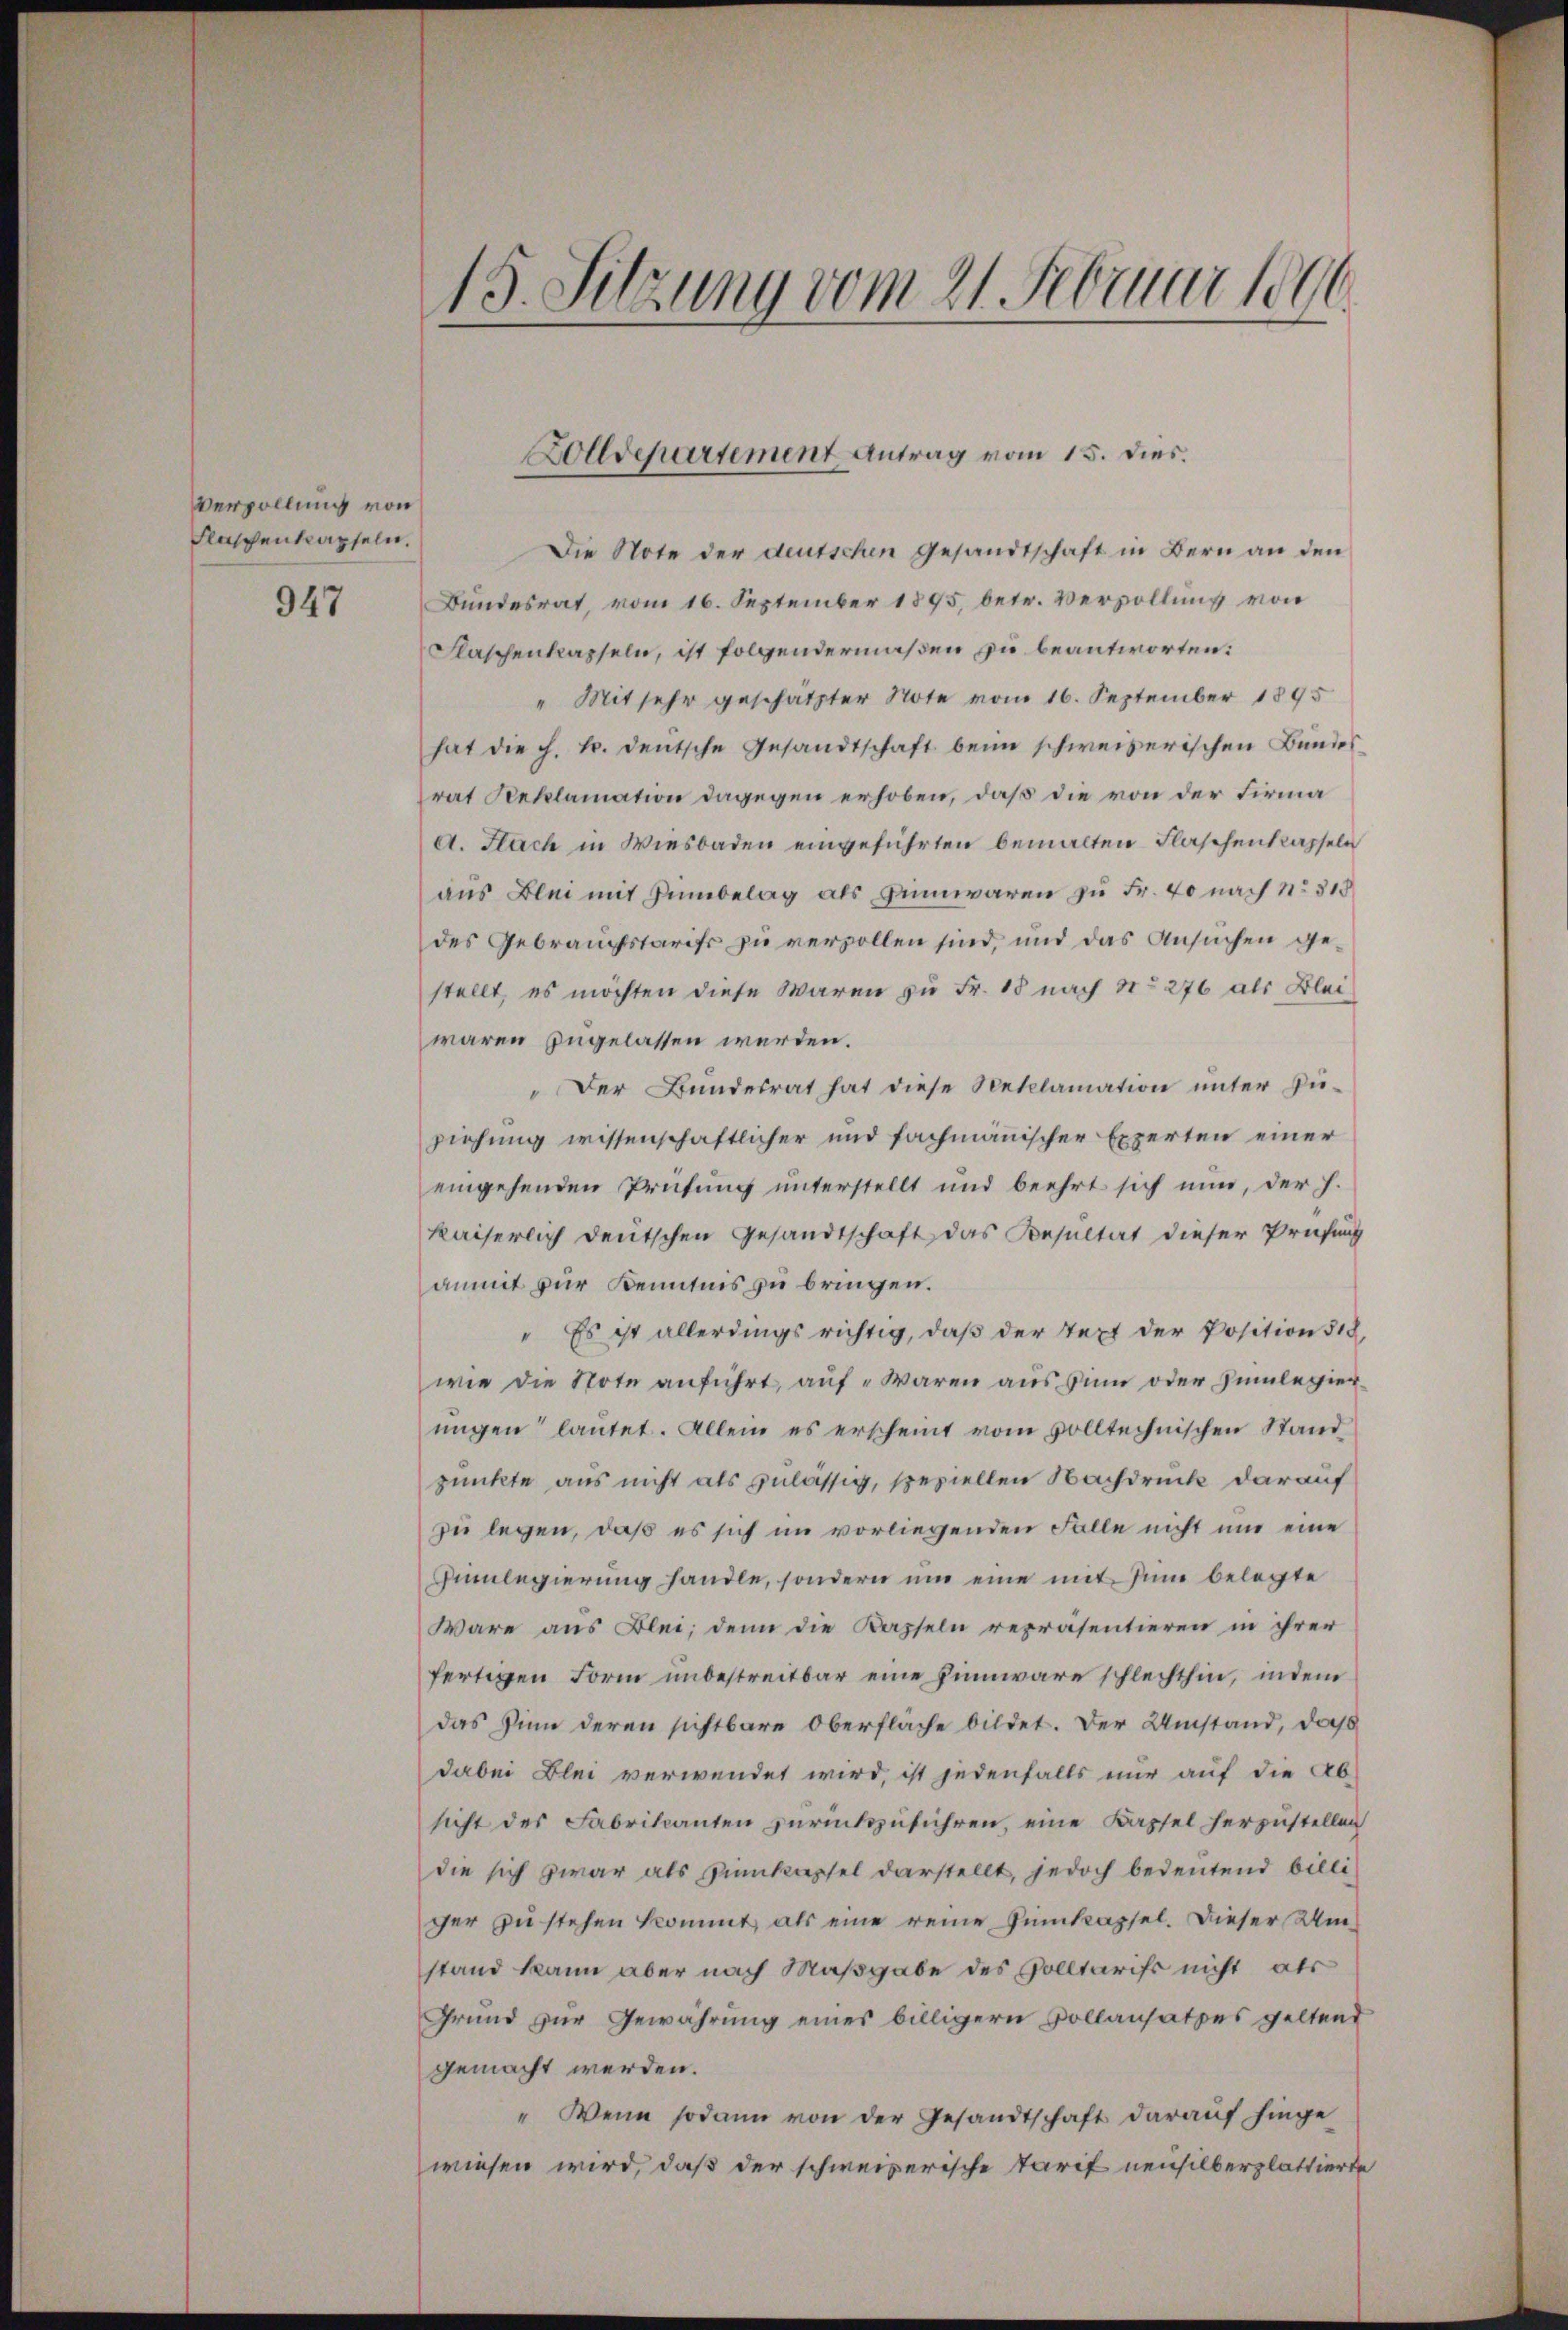
Verpollung von
Flaschenkapseln.

947

15. Sitzung vom 21. Februar 1806.

olldepartement Antrag vom 15. dies.

Die Note der deutschen Gesandtschaft in Bern an den
Bundesrat, vom 16. September 1895 betr. Vervollung von
Flaschenkapseln, ist folgendermaßen zu beantworten:
" Mit sehr geschätzter Note vom 16. September 1895
hat die h. T. deutsche Gesandtschaft beim schweizerischen Bundes
rat Reklamation dagegen erhoben, daß die von der Firma
d. Fach in Wiesbaden eingeführten bemalten Flaschenkapseln
aus Blei mit Einbelag als Einwaren zu Fr. 40 nach No 315
des Gebrauchstarif zu verzollen sind, und das Ansuchen gestellt, es möchten diese Waren zu Fr. 18 nach No 276 als Bleiwaren zugelassen werden.
"Der Bŭndesrat hat diese Neklamation ŭnter Zü-
ziehung wissenschaftlicher und fachmänischer Experten einer
eingehenden Prüfung unterstellt und beehrt sich nun, der h.
kaiserlich deutschen Gesandtschaft das Resultat dieser Prüfung
anmit zur Kenntnis zu bringen.
" Es ist allerdings richtig, daß der Text der Position § 18
wie die Note anführt, auf „Waren aus zum oder Zimlegier
ungen lautet. Allein es erscheint vom volltechnischen Stand
punkte aus nicht als zulässig, speziellen Nachdruck darauf
zu legen, daß es sich im vorliegenden Falle nicht und eine
Hümlegierung handle, sondern um eine mit sin belegte
Wäre aus Blei; denn die Kapseln repräsentieren in ihrer
fertigen Form unbestreitbar eine Himwäre schlechthin, indem
das Zinn deren sichtbare Oberfläche bildet. Der Umstand, daß
dabei Blei verwendet wird, ist jedenfalls nur auf die Ab-
sicht des Fabrikanten zurückzuführen, eine Kapsel herzustellen
die sich zwar als Einkassel darstellt, jedoch bedeutend billiger zŭ stehen kommt, als eine reine Zimkapsel. Dieser Um
stand kann aber nach Maßgabe des Solltarifs nicht als
Grund zur Gewährung eines billigern Pollansatzes geltend
gemacht werden.
" Wenn sodann von der Gesandtschaft darauf hinge
wiesen wird, daß der schweizerische Tarif neusilberplattierte